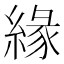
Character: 緣